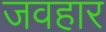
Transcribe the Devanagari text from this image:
जवहार